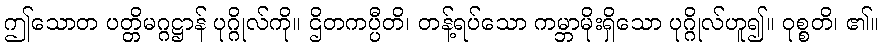
ဤသောတ ပတ္တိမဂ္ဂဋ္ဌာန် ပုဂ္ဂိုလ်ကို။ ဌိတကပ္ပီတိ၊ တန့်ရပ်သော ကမ္ဘာမိုးရှိသော ပုဂ္ဂိုလ်ဟူ၍။ ဝုစ္စတိ၊ ၏။